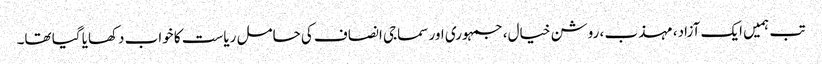
تب ہمیں ایک آزاد، مہذب ، روشن خیال، جمہوری اور سماجی انصاف کی حامل ریاست کا خواب دکھایا گیا تھا۔